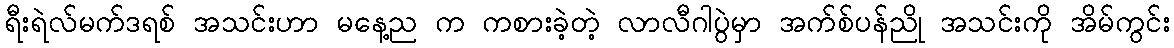
ရီးရဲလ်မက်ဒရစ် အသင်းဟာ မနေ့ည က ကစားခဲ့တဲ့ လာလီဂါပွဲမှာ အက်စ်ပန်ညို အသင်းကို အိမ်ကွင်း